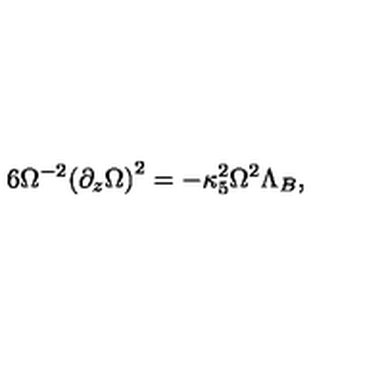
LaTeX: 6 { \Omega ^ { - 2 } } { { ( { \partial _ { z } } \Omega ) } ^ { 2 } } = - { \kappa _ { 5 } ^ { 2 } } { \Omega ^ { 2 } } { \Lambda _ { B } } ,